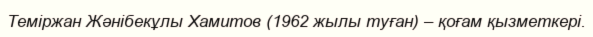
Теміржан Жәнібекұлы Хамитов (1962 жылы туған) – қоғам қызметкері.